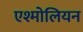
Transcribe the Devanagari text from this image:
एश्मोलियन